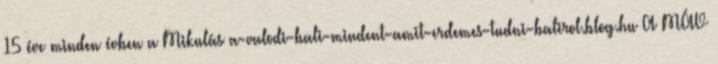
15 éve minden évben a Mikulás a-valodi-bali-mindent-amit-erdemes-tudni-balirol.blog.hu A MÁV